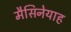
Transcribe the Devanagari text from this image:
मैसिनेयाह